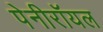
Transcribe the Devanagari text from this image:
पेनीरॉयल